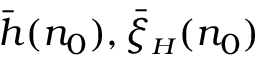
\bar { h } ( n _ { 0 } ) , \bar { \xi } _ { { \scriptscriptstyle H } } ( n _ { 0 } )